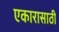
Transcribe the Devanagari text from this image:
एकारासाठी